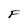
Character: F